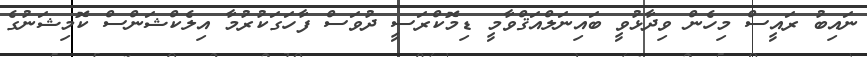
ނައިބު ރައީސް މިހެން ވިދާޅުވީ ބައިނަލްއަޤްވާމީ ޑިމޮކްރަސީ ދުވަސް ފާހަގަކުރުމާ އިލެކްޝަންސް ކޮމިޝަނުގެ